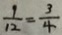
\frac { 1 } { 1 2 } = \frac { 3 } { 4 }